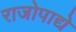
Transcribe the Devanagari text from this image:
राजोपाद्ये